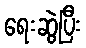
ရေးဆွဲပြီး